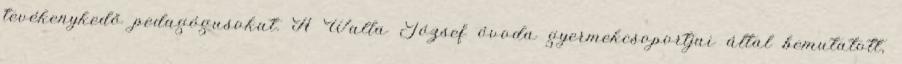
tevékenykedő pedagógusokat. A Walla József óvoda gyermekcsoportjai által bemutatott,